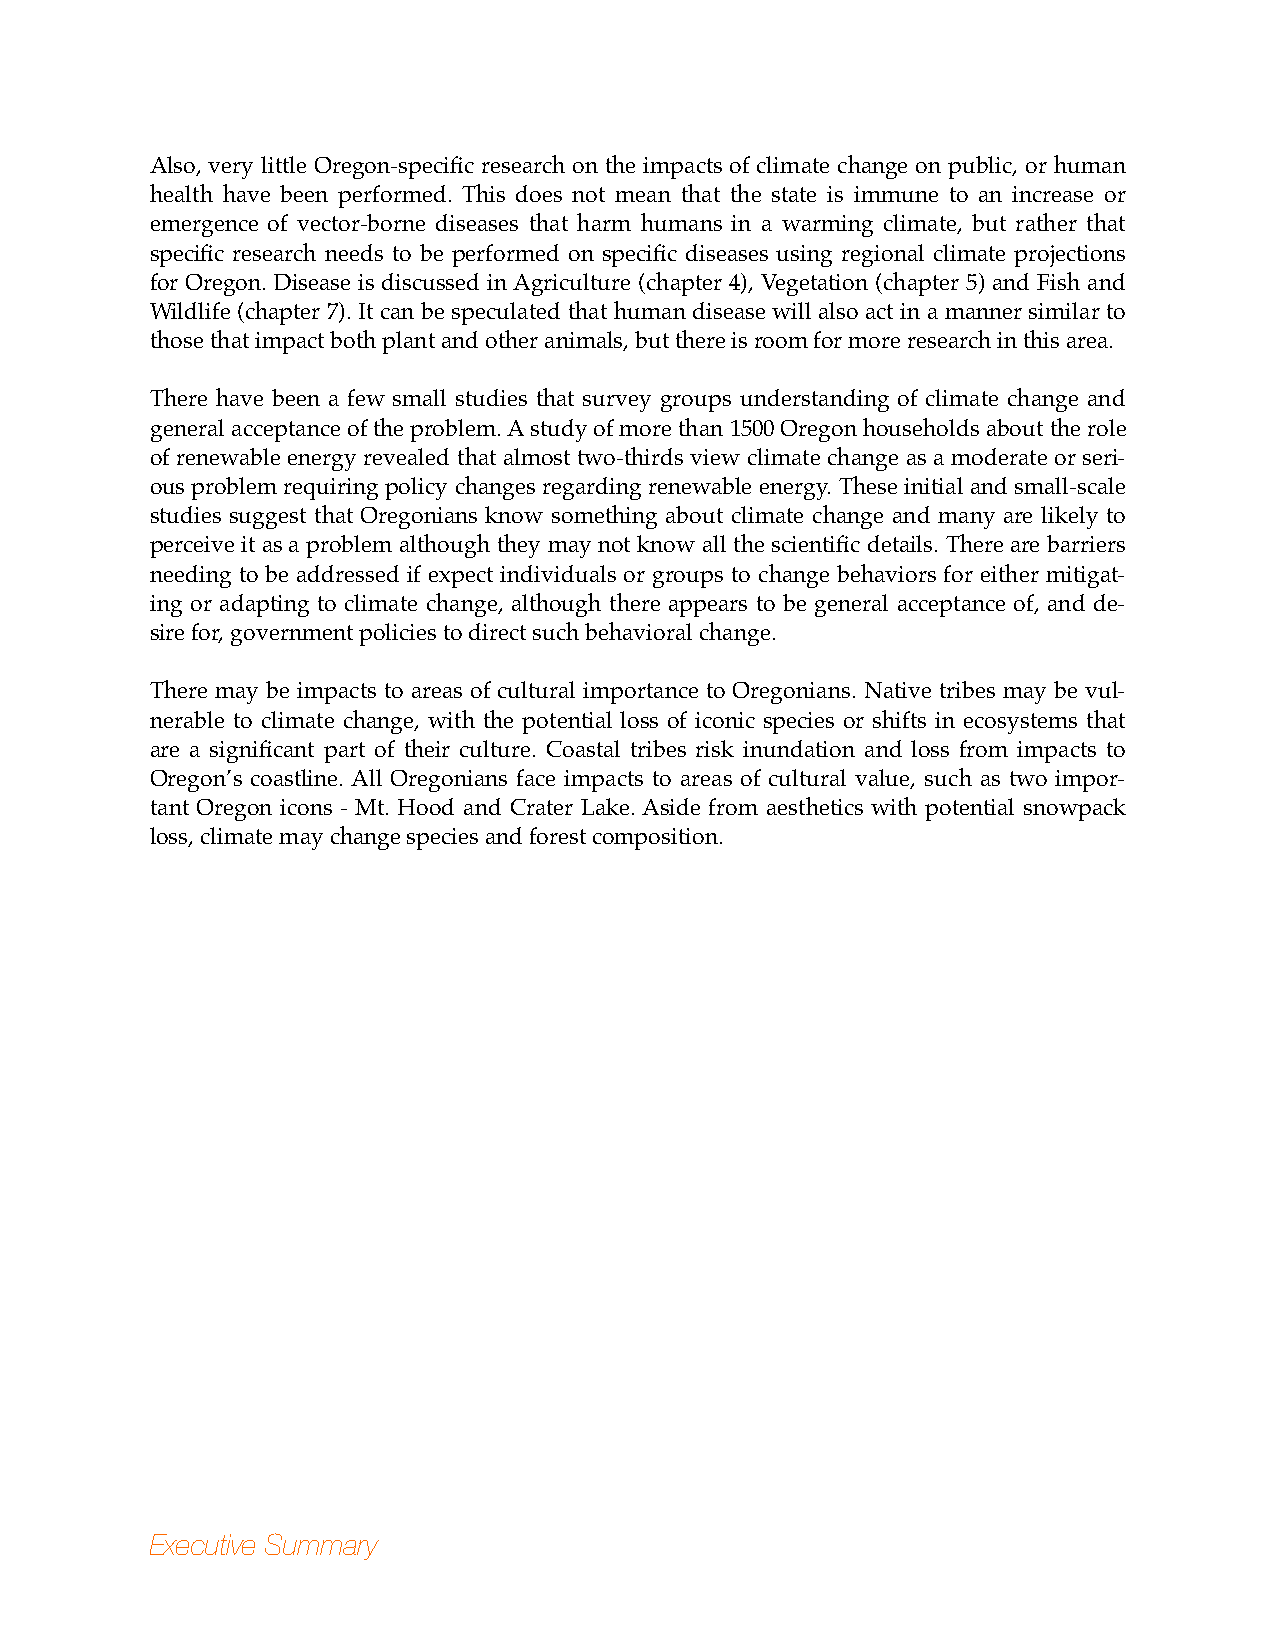
Also, very little Oregon-specific research on the impacts of climate change on public, or human
 health have been performed. This does not mean that the state is immune to an increase or
 emergence of vector-borne diseases that harm humans in a warming climate, but rather that
 specific research needs to be performed on specific diseases using regional climate projections
 for Oregon. Disease is discussed in Agriculture (chapter 4), Vegetation (chapter 5) and Fish and
 Wildlife (chapter 7). It can be speculated that human disease will also act in a manner similar to
 those that impact both plant and other animals, but there is room for more research in this area.
 There have been a few small studies that survey groups understanding of climate change and
 general acceptance of the problem. A study of more than 1500 Oregon households about the role
 of renewable energy revealed that almost two-thirds view climate change as a moderate or seri-
 ous problem requiring policy changes regarding renewable energy. These initial and small-scale
 studies suggest that Oregonians know something about climate change and many are likely to
 perceive it as a problem although they may not know all the scientific details. There are barriers
 needing to be addressed if expect individuals or groups to change behaviors for either mitigat-
 ing or adapting to climate change, although there appears to be general acceptance of, and de-
 sire for, government policies to direct such behavioral change.
 There may be impacts to areas of cultural importance to Oregonians. Native tribes may be vul-
 nerable to climate change, with the potential loss of iconic species or shifts in ecosystems that
 are a significant part of their culture. Coastal tribes risk inundation and loss from impacts to
 Oregon’s coastline. All Oregonians face impacts to areas of cultural value, such as two impor-
 tant Oregon icons - Mt. Hood and Crater Lake. Aside from aesthetics with potential snowpack
 loss, climate may change species and forest composition.
 Executive Summary